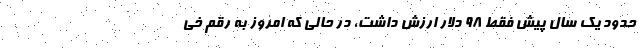
حدود یک سال پیش فقط ۹۸ دلار ارزش داشت، در حالی که امروز به رقم خی